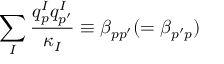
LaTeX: \sum _ { I } \frac { q _ { p } ^ { I } q _ { p ^ { \prime } } ^ { I } } { \kappa _ { I } } \equiv \beta _ { p p ^ { \prime } } ( = \beta _ { p ^ { \prime } p } )